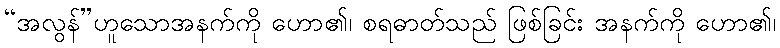
“အလွန်”ဟူသောအနက်ကို ဟော၏၊ စရဓာတ်သည် ဖြစ်ခြင်း အနက်ကို ဟော၏၊